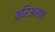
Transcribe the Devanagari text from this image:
करिअरचा